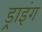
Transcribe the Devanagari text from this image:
ड्राइंंग